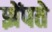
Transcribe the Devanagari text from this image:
झेंपते